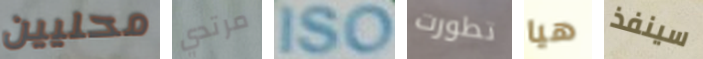
محليين مرتدي ISO تطورت هيا سينفذ